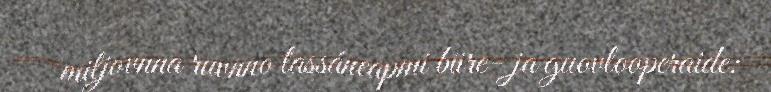
miljovnna ruvnno lassáneapmi biire- ja guovlooperaide: